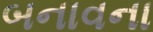
બનાવના